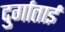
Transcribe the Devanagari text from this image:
दुर्गाताई